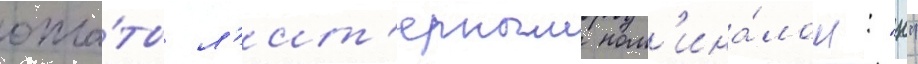
опла́ты л'ит'ерным ном'ина́лом: "н"